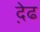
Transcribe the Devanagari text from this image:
द़ेढ